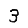
Digit: 3